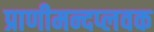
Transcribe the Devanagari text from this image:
प्राणीमन्दप्लवक